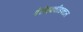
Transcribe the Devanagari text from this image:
पेरीएक्वीडक्टल